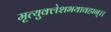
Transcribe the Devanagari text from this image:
मृत्युक्लेशभयावहान्।।